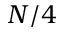
N / 4